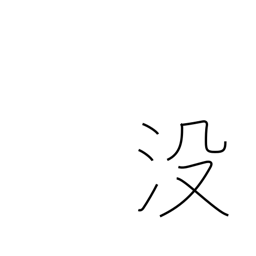
Meaning: sink